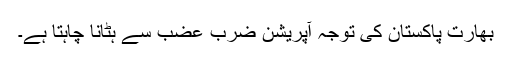
بھارت پاکستان کی توجہ آپریشن ضرب عضب سے ہٹانا چاہتا ہے۔